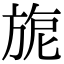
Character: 旎